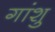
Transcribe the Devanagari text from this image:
गांशु